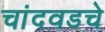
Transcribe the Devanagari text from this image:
चांदवडचे